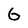
Character: G